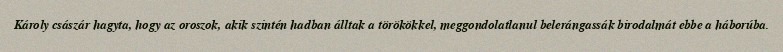
Károly császár hagyta, hogy az oroszok, akik szintén hadban álltak a törökökkel, meggondolatlanul belerángassák birodalmát ebbe a háborúba.